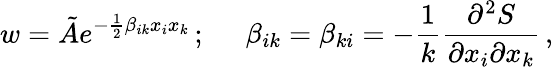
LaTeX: w={\tilde{A}}e^{-{\frac{1}{2}}\beta_{ik}x_{i}x_{k}}\, ;\; \; \; \; \ \beta_{ik}=\beta_{ki}=-{\frac{1}{k}}{\frac{\partial^{2}S}{\partial x_{i}\partial x_{k}}}\, ,